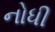
નોધી